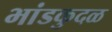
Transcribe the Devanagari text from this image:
भांडकुदळ